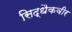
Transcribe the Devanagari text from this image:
सिद्धैकवीर